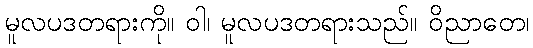
မူလပဒတရားကို။ ဝါ၊ မူလပဒတရားသည်။ ဝိညာတေ၊